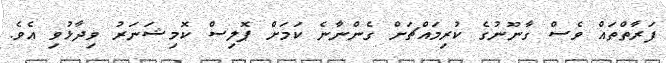
ފަރާތްތައް ވެސް ގާނޫނުގެ ކުރިމައްޗަށް ގެންނާނެ ކަމަށް ޕޮލިސް ކޮމިޝަނަރު ވިދާޅުވި އެވެ.